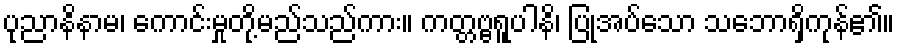
ပုညာနိနာမ၊ ကောင်းမှုတို့မည်သည်ကား။ ကတ္တဗ္ဗရူပါနိ၊ ပြုအပ်သော သဘောရှိကုန်၏။